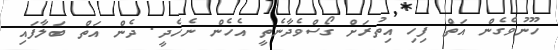
ހޫނުވެގެން އަތް ފިހި އިތުރަށް ގޯސްވެދާނެތީ އެހެން ނެހެދީ. ދެން އަތް ބަލާފައި